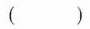
()